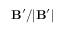
\mathbf { B } ^ { \prime } / | \mathbf { B } ^ { \prime } |